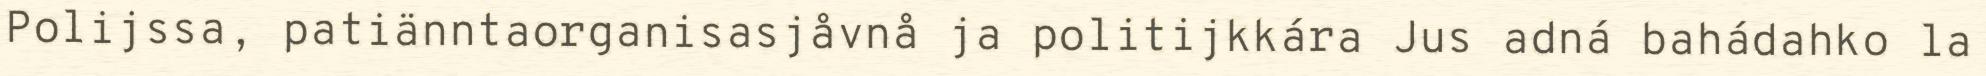
Polijssa, patiänntaorganisasjåvnå ja politijkkára Jus adná bahádahko la